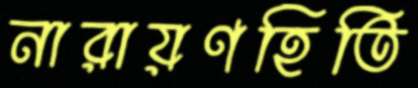
নারায়ণহিতি